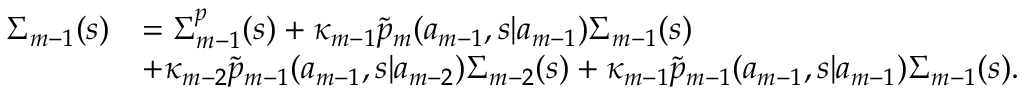
\begin{array} { r l } { \Sigma _ { m - 1 } ( s ) } & { = \Sigma _ { m - 1 } ^ { p } ( s ) + \kappa _ { m - 1 } \widetilde { p } _ { m } ( a _ { m - 1 } , s | a _ { m - 1 } ) \Sigma _ { m - 1 } ( s ) } \\ & { + \kappa _ { m - 2 } \widetilde { p } _ { m - 1 } ( a _ { m - 1 } , s | a _ { m - 2 } ) \Sigma _ { m - 2 } ( s ) + \kappa _ { m - 1 } \widetilde { p } _ { m - 1 } ( a _ { m - 1 } , s | a _ { m - 1 } ) \Sigma _ { m - 1 } ( s ) . } \end{array}